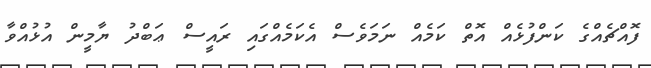
ފޮއްޗެއްގެ ކަންފުޅެއް އޮތް ކަމެއް ނަމަވެސް އެކަމެއްގައި ރައީސް ޢަބްދު ޔާމީން އުޅުއްވާ